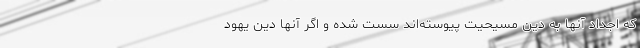
که اجداد آنها به دین مسیحیت پیوسته‌اند سست شده و اگر آنها دین یهود